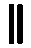
။